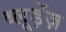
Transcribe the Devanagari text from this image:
ब्लूड़ेंज़